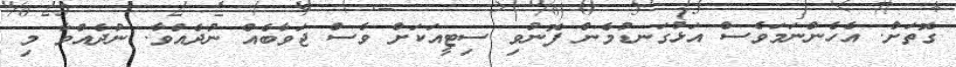
ގޮތަށް. އެހެންނަމަވެސް އަޅުގަނޑުމެން ފޮނުވި ސިޓީއަކަށް ވެސް ޖަވާބެއް ނުދެއްވާ. ނުދެއްވާ މި